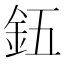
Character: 𮡨